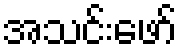
အသင်းဖော်